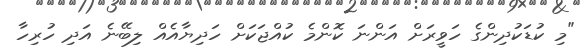
"މި ކުޑަކުދިންގެ ހަވީރަށް އަންނަ ކޮންމެ ކުއްޖަކަށް ހަދިޔާއެއް ލިބޭނެ އަދި ހުރިހާ